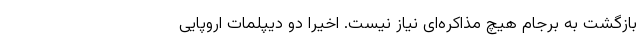
بازگشت به برجام هیچ مذاکره‌ای نیاز نیست. اخیراً دو دیپلمات اروپایی